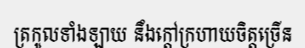
ត្រកូលទាំងឡាយ នឹងក្តៅក្រហាយចិត្តច្រើន